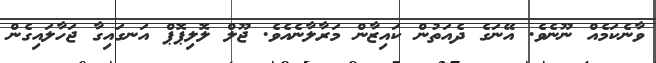
ވާނެކަމެއް ނޫނެވެ. އޭނަގެ ދެއަތުން ކައިޒާން މަރާލާނެއެވެ. ޖޫލް ލޮލިޕޮޕް އަނގައިގާ ޖަހާލައިގެން